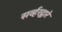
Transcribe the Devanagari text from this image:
सर्व्हरद्वारे